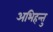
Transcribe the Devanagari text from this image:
अभिहन्तु